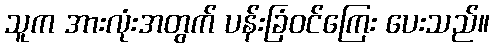
သူက အားလုံးအတွက် ပန်းခြံဝင်ကြေး ပေးသည်။